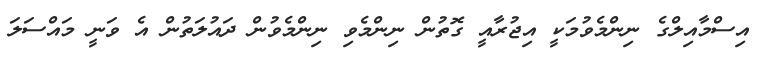
އިސްމާއިލްގެ ނިންމެވުމަކީ އިޖުރާއީ ގޮތުން ނިންމެވި ނިންމެވުން ދައުލަތުން އެ ވަނީ މައްސަލަ